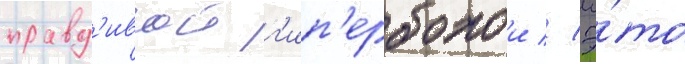
правд'ивои г'ип'ерболои // Э́то